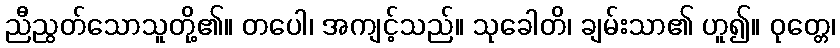
ညီညွတ်သောသူတို့၏။ တပေါ၊ အကျင့်သည်။ သုခေါတိ၊ ချမ်းသာ၏ ဟူ၍။ ဝုတ္တေ၊